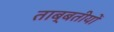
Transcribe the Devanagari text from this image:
ताब्बतीयों